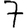
Digit: 7